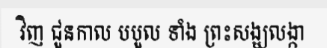
វិញ ជួនកាល បបួល ទាំង ព្រះសង្ឃលង្កា